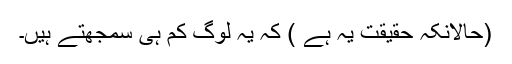
(حالانکہ حقیقت یہ ہے ) کہ یہ لوگ کم ہی سمجھتے ہیں۔